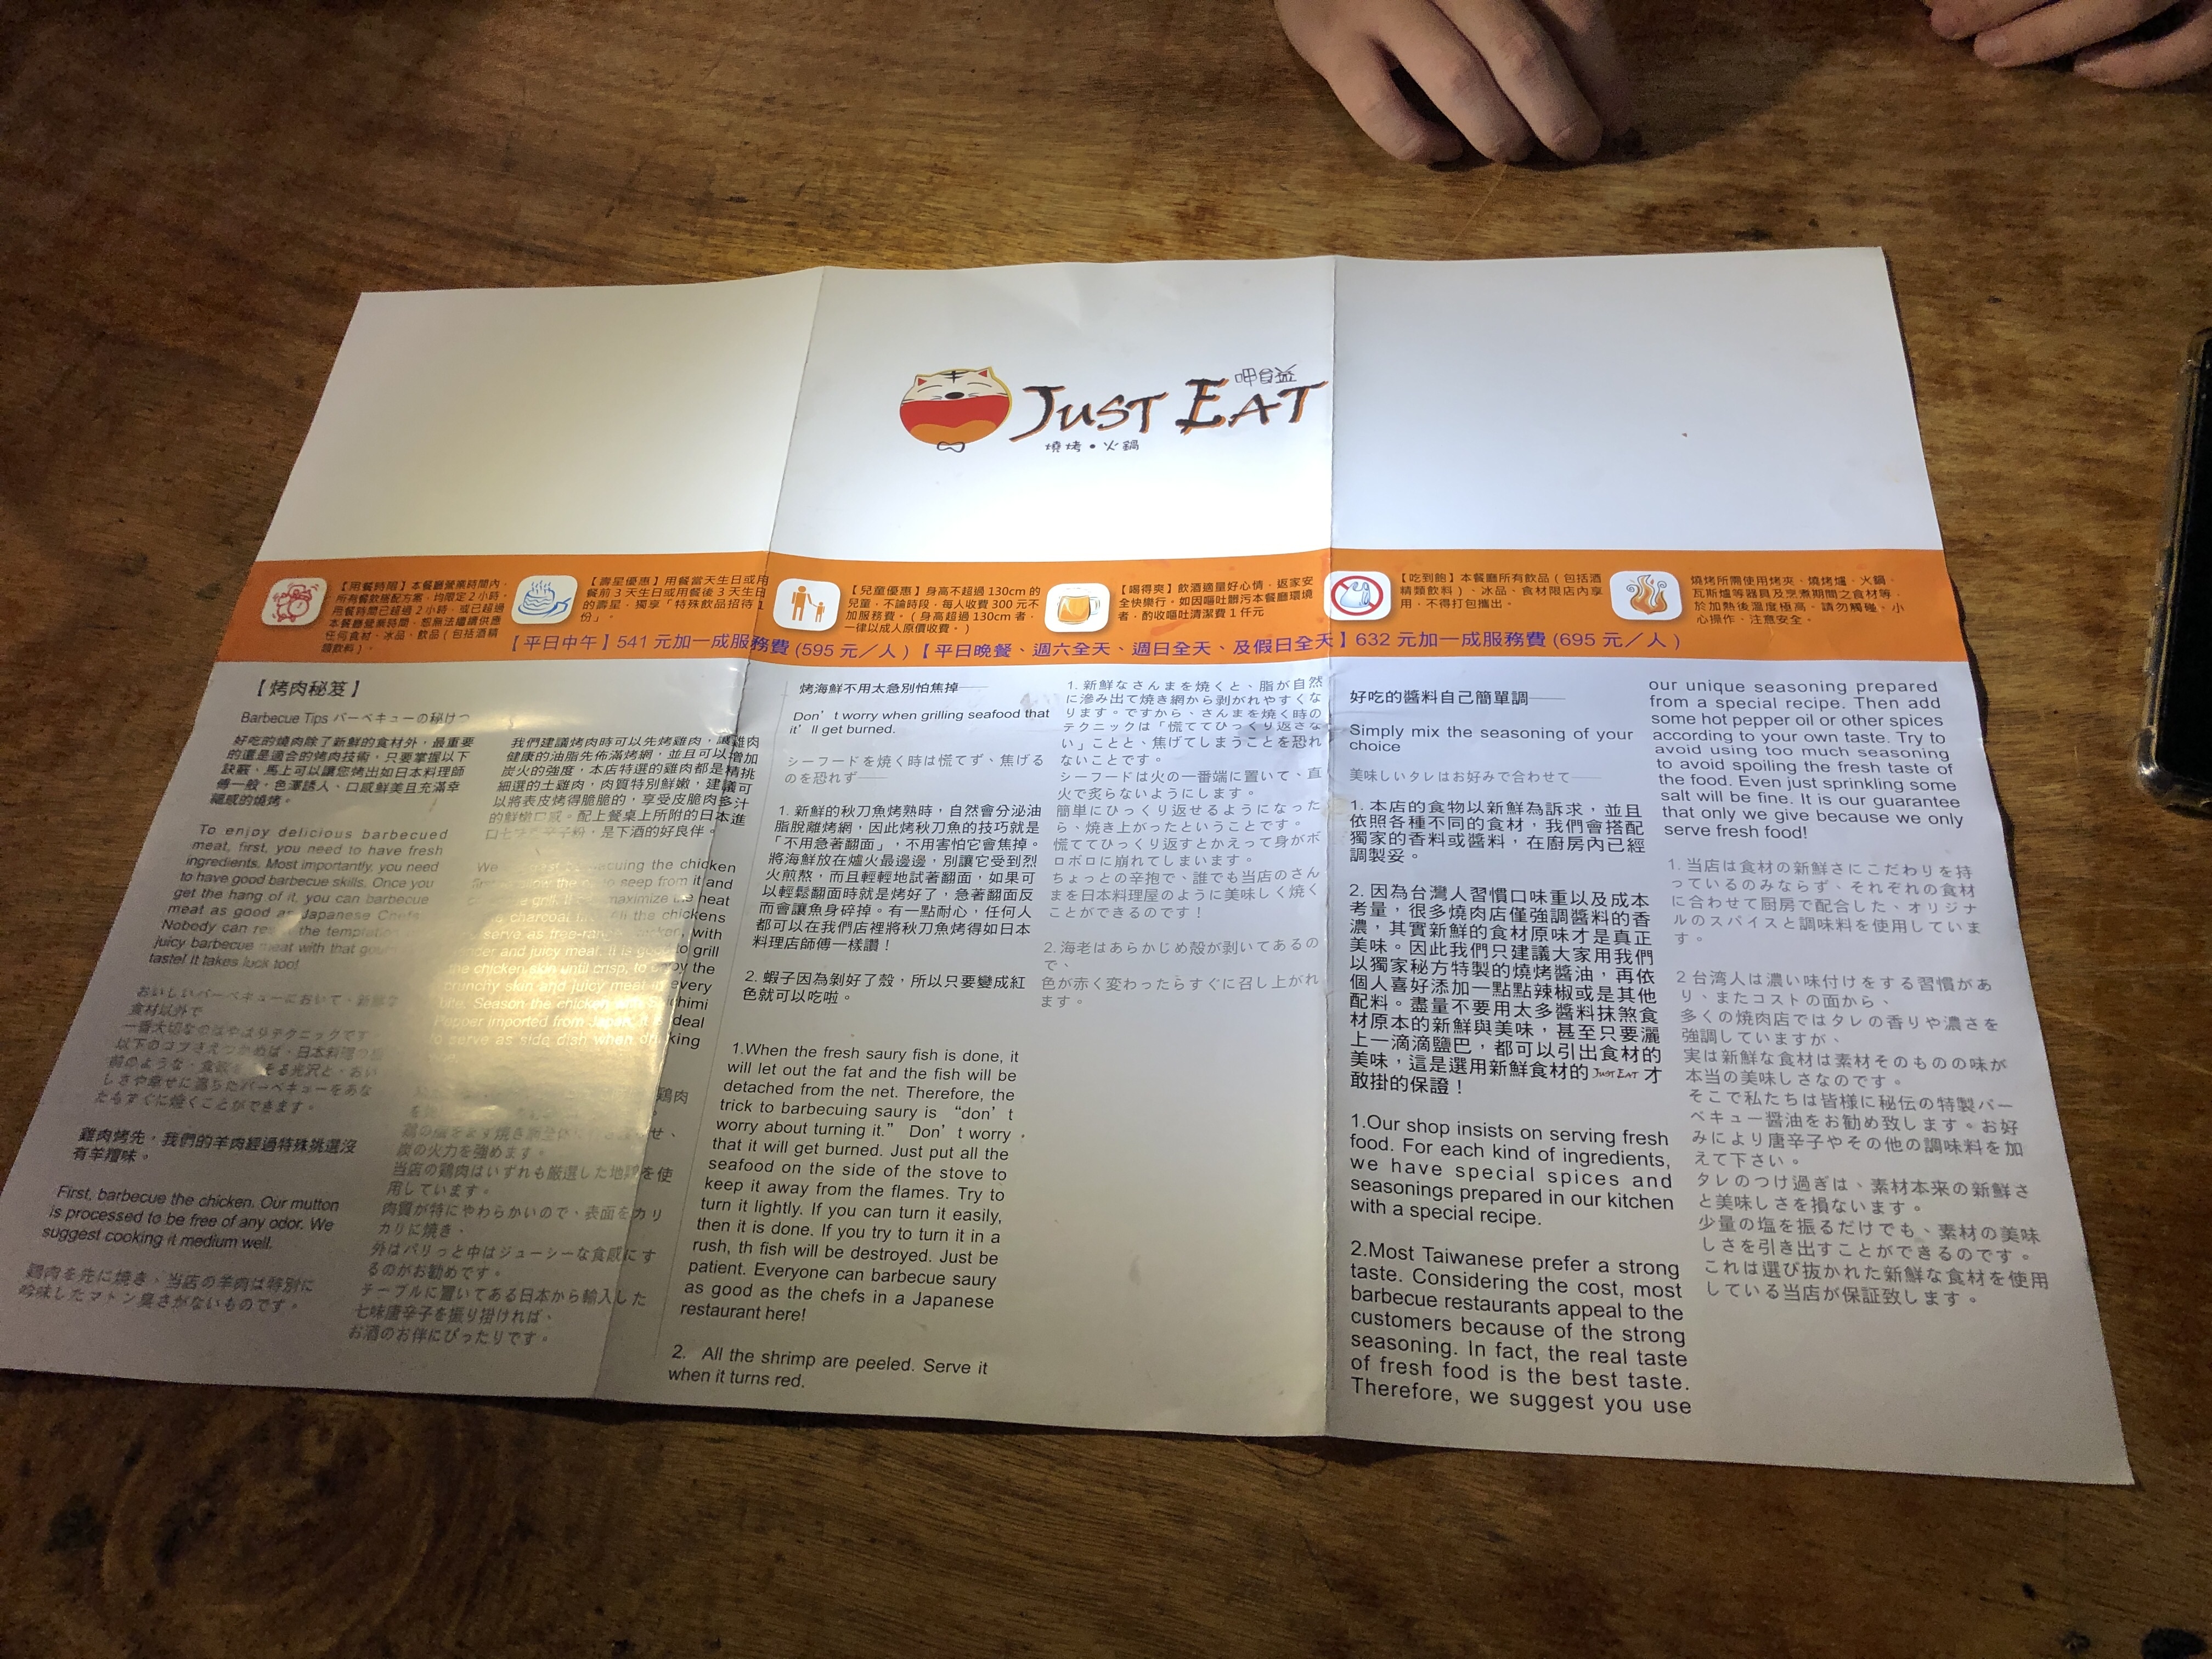
餐廳：JUST EAT
菜單：